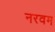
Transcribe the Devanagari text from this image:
नरवम